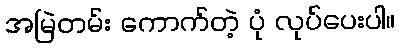
အမြဲတမ်း ကောက်တဲ့ ပုံ လုပ်ပေးပါ။